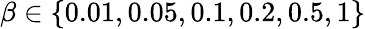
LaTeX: \beta\in\left\{ 0.01,0.05,0.1,0.2,0.5,1\right\}